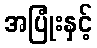
အပြုံးနှင့်